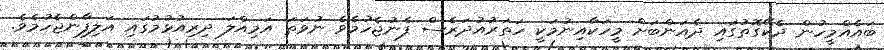
ބައެއްމީހުން ދެކޭގޮތުގައި ދެއަންބަށް މީހަކާއިނުމަކީ ހަތަރުއުދަރެސް ފެނުޖެހުމެވެ ނުވަތަ އަމިއްލަ ދިރިއުޅުމުގައި އަލިފާންޖެހުމެވެ.